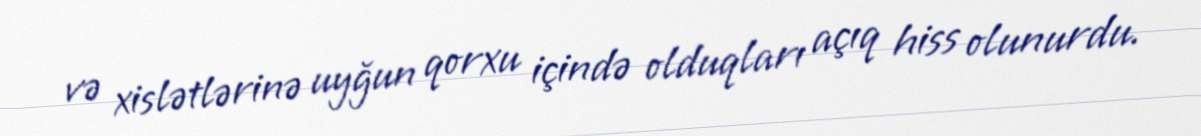
və xislətlərinə uyğun qorxu içində olduqları açıq hiss olunurdu.